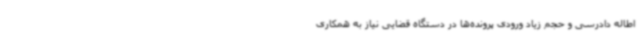
اطاله دادرسی و حجم زیاد ورودی پرونده‌ها در دستگاه قضایی نیاز به همکاری